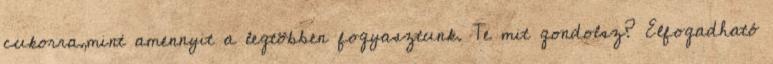
cukorra,mint amennyit a legtöbben fogyasztunk. Te mit gondolsz? Elfogadható